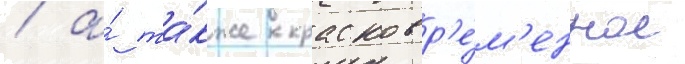
/ а́ та́кже кратковр'е́м'енное